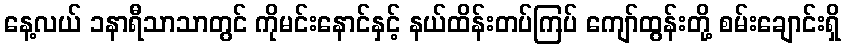
နေ့လယ် ၁နာရီသာသာတွင် ကိုမင်းနောင်နှင့် နယ်ထိန်းတပ်ကြပ် ကျော်ထွန်းတို့ စမ်းချောင်းရှိ